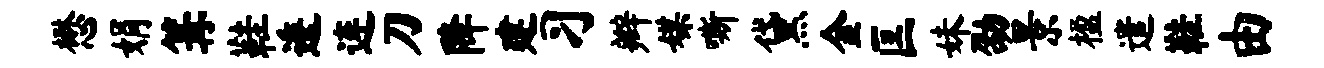
懋娟篝鞋逶连刀降建习辫媒嘶黛金匡妹劭景楹遣鞋由